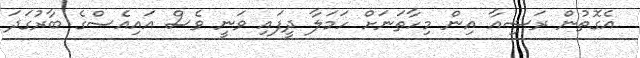
އެގޮތުން ރަޝިއާ އިން މިހާތަނަށް ހަމަލާ ދީފައި ވަނީ ވެސް އައިއެސްގެ ބާރުގަދަ